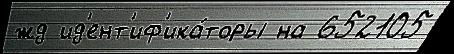
жд ид'ент'иф'ика́торы на 652105